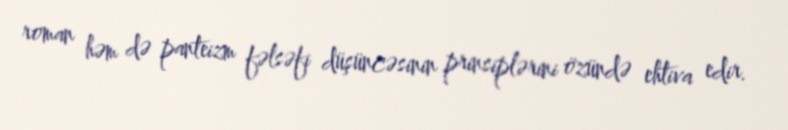
roman həm də panteizm fəlsəfi düşüncəsinin prinsiplərini özündə ehtiva edir.